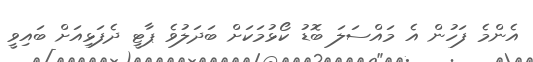
އެންމެ ފަހުން އެ މައްސަލަ ބޮޑު ކޯޅުމަކަށް ބަދަލުވެ ޕާޓީ ދެފަޅިއަށް ބައިވީ